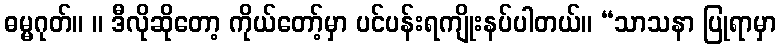
ဓမ္မဂုတ်။ ။ ဒီလိုဆိုတော့ ကိုယ်တော့်မှာ ပင်ပန်းရကျိုးနပ်ပါတယ်။ “သာသနာ ပြုရာမှာ